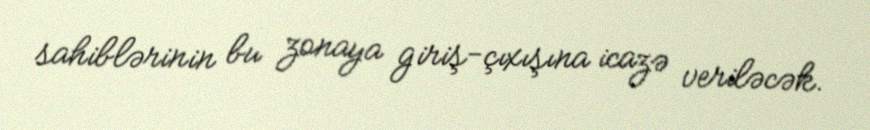
sahiblərinin bu zonaya giriş-çıxışına icazə veriləcək.